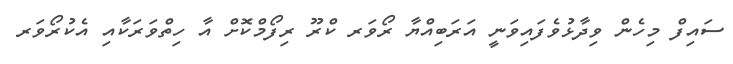
ސައިފް މިހެން ވިދާޅުވެފައިވަނީ އަރަބިއްޔާ ރޯވަރ ކްރޫ ރިފޯމްކޮށް އާ ހިތްވަރަކާއި އެކުރޯވަރ